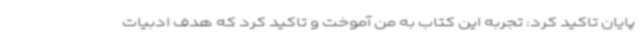
پایان تاکید کرد: تجربه این کتاب به من آموخت و تاکید کرد که هدف ادبیات